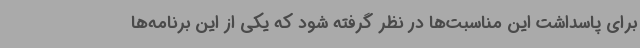
برای پاسداشت این مناسبت‌ها در نظر گرفته شود که یکی از این برنامه‌ها